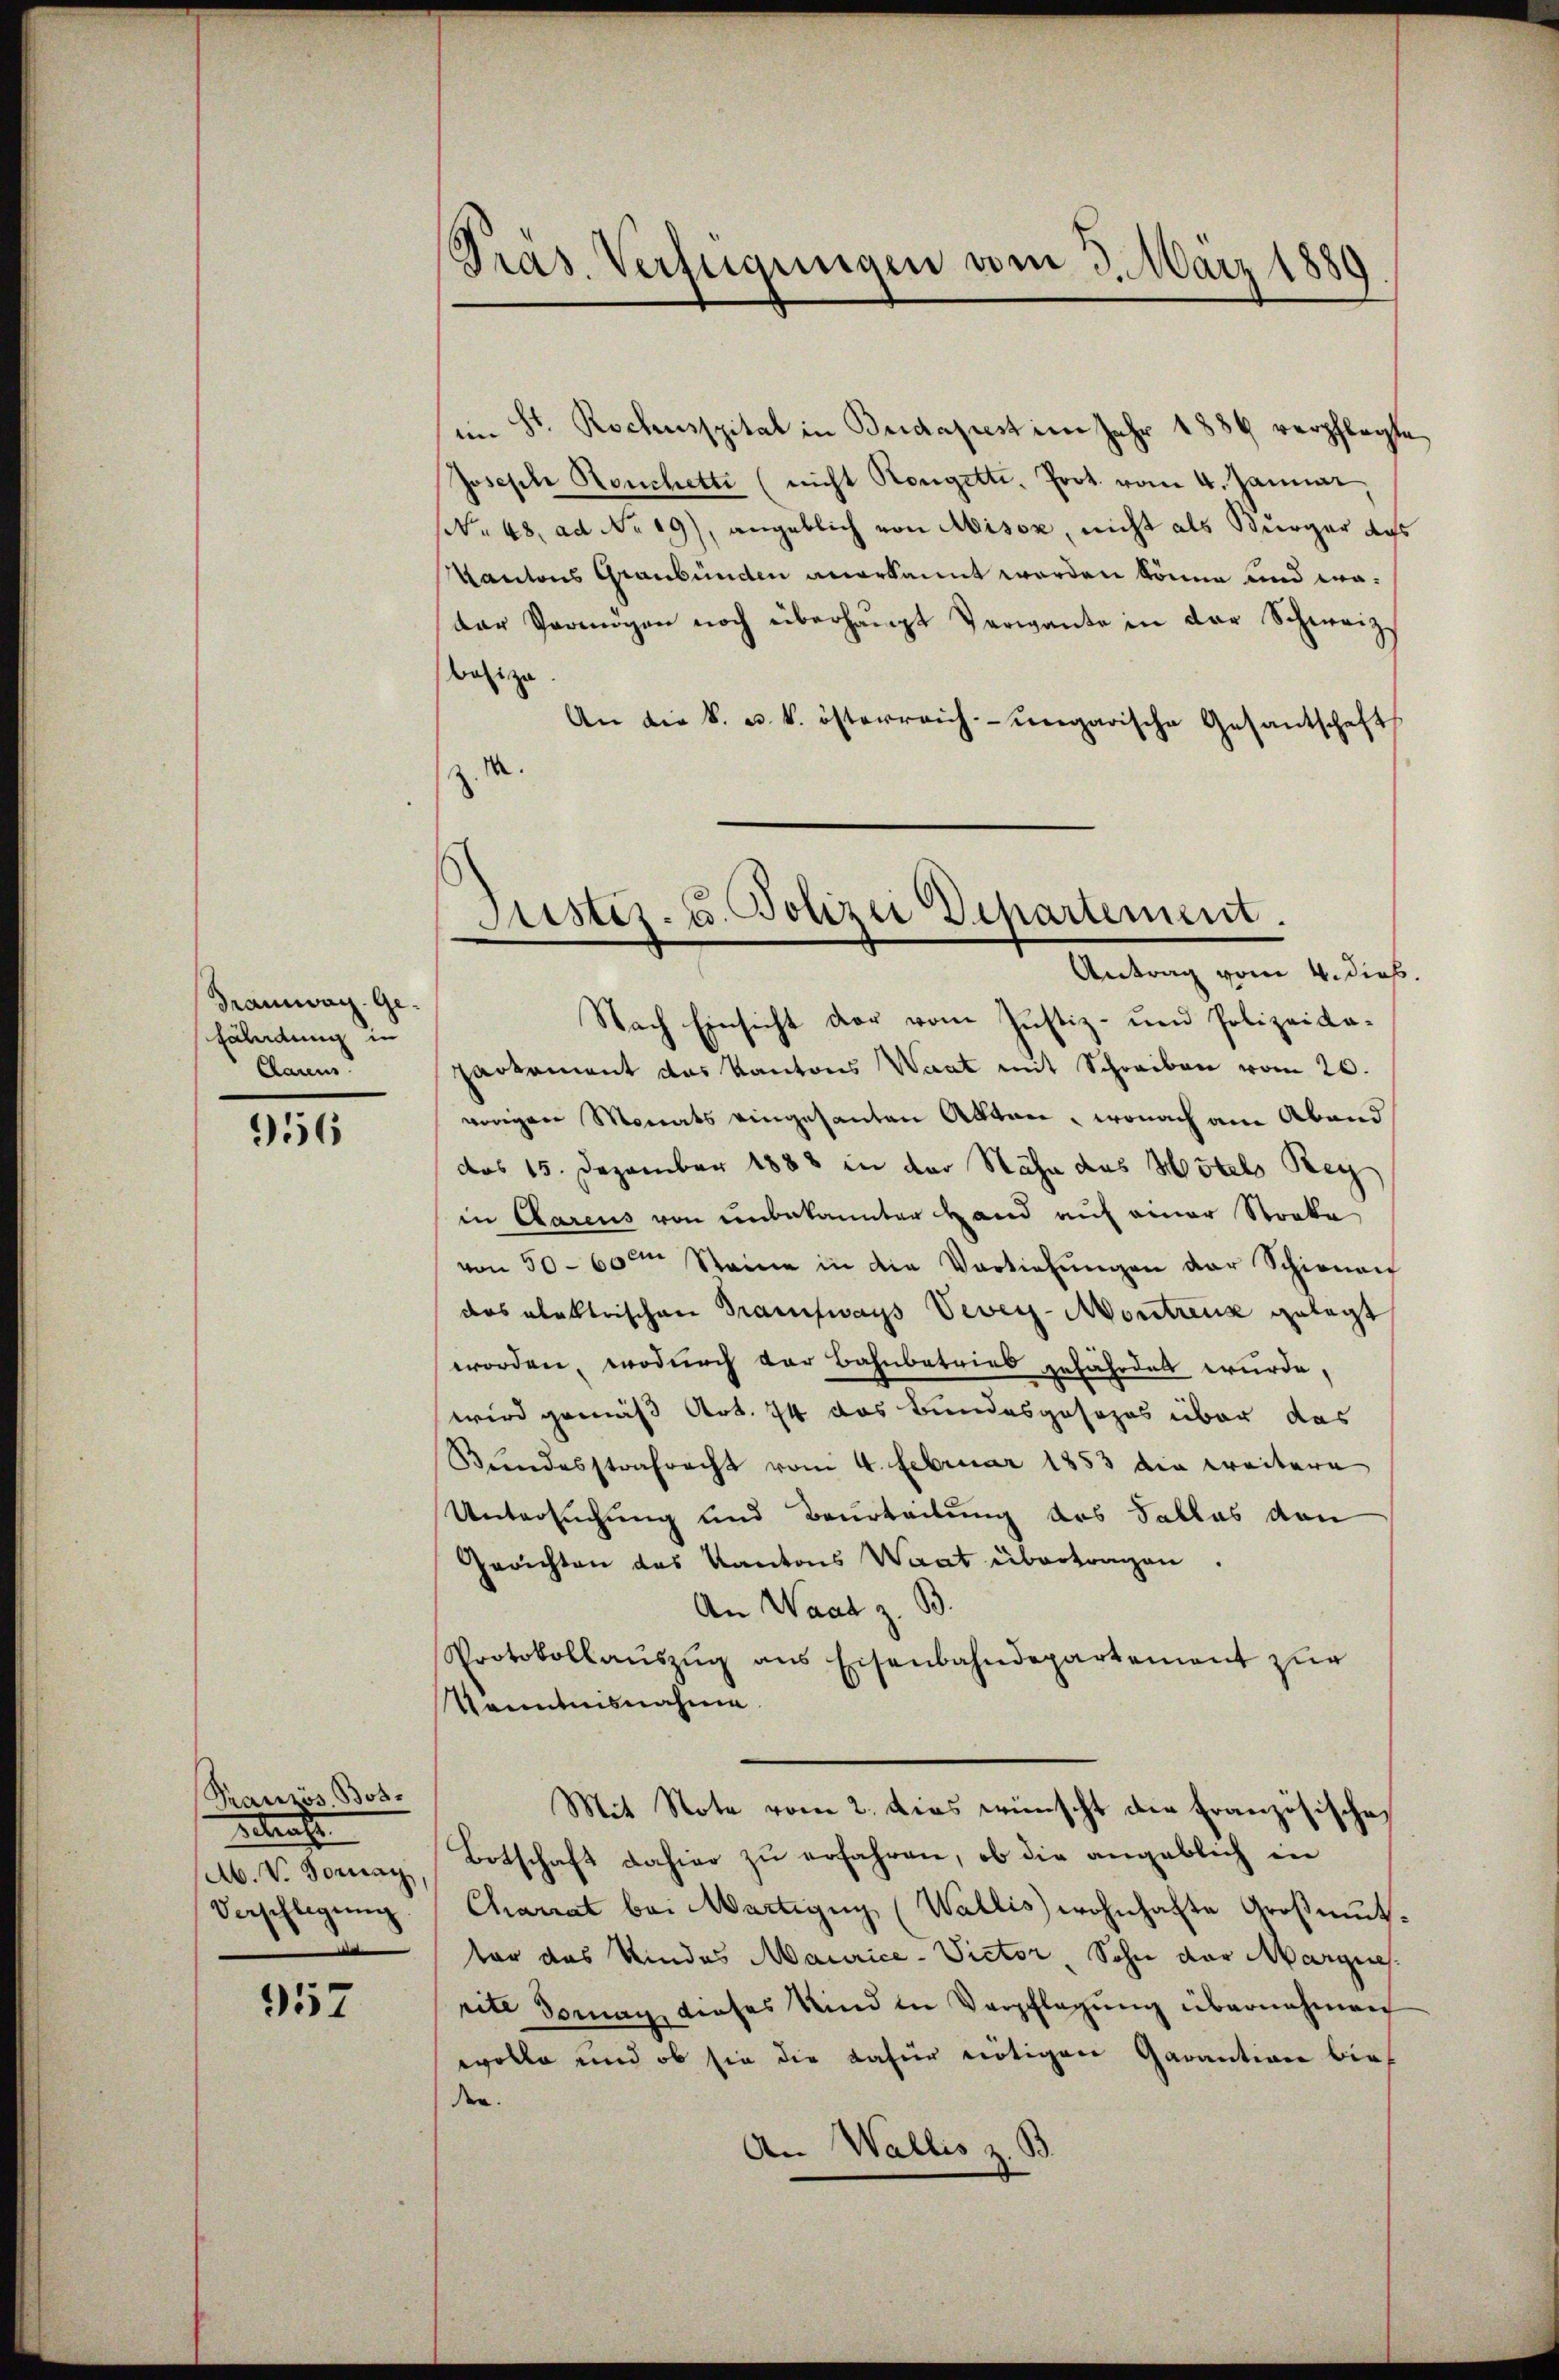
dramwag. Gefäladung in
laum

956

Französ Bos.
Beleute
Ab. V. Vornay,
Vorschlagung.
.

957

Pras. Verfügungen vom 3. März 1889

im St. Rochusspital in Budapest im Jahr 1886 verpflegte
Joseph Houchette (nicht Kongetti, Prot. vom 4. Januar,
W. 48. ad No. 19), angeblich von Misox, nicht als Bürger das
Kantons Graubünden anerkannt worden könne und eradar Vermögen noch überhaupt Verwante in der Schweiz.
dasige
An die k. u. k. österreich-ungarische Gesantschaft
z. M.

Justiz- u. Polizei Departement.
Antrag vom 4. dieß.

Nach Einsicht der vom Justiz- und Polizeida-
partement das Kantons Waat mit Schreiben vom 20.
vorigen Monats eingesanten Akten, wonach am Abend
das 15. Dezember 1888 in der Nähe das Hotels Reg
in Aarens von unbekannter Hand auf einer Straka
von 50-60te Steine in die Vertiefŭngen der Schienen
das alektrischen Tramways Vevey-Montreux gelegt
worden, wodurch der Bahnbetries gefährdet wurde,
wird gemäß Art. 74 das Bundesgesezes über das
Bundesstrafrecht vom 4. Februar 1853 die weitere
Untersuchung und Beurteilung des Falles den
Gerichten das Kantons Waat übertragen.
An Waadt z. B.
Protokollaŭszŭg ans Eisenbahndepartement zur
Kenntnisnahme
Mit Note vom 2. dies wünscht die Französische
Botschaft dahier zu erfahren, ob die angeblich in
Chariat bei Martigny (Wallis wohnhafte Großmuthtor das Kindes Maurice- Victor, Sohn der Marques.
rite domag, dieses Kind in Verpflegung übernehmen
wolle und ob sie die dafür nötigen Garantion bie
den.
An Wallis z. B.